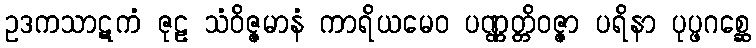
ဥဒကသာဋကံ ဇုဠ သံဝိဇ္ဇမာနံ ကာရိယမေဝ ပဏ္ဏတ္တိဝဇ္ဇာ ပရိနာ ပုပ္ဖဂစ္ဆေ